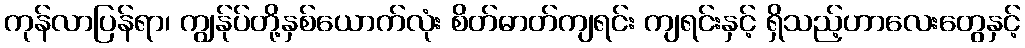
ကုန်လာပြန်ရာ၊ ကျွန်ုပ်တို့နှစ်ယောက်လုံး စိတ်ဓာတ်ကျရင်း ကျရင်းနှင့် ရှိသည့်ဟာလေးတွေနှင့်